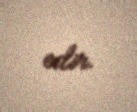
edir.